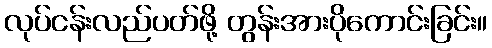
လုပ်ငန်းလည်ပတ်ဖို့ တွန်းအားပိုကောင်းခြင်း။